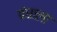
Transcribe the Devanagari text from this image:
पंघाला